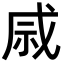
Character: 𫀄